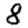
Digit: 8